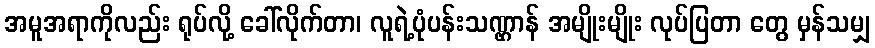
အမူအရာကိုလည်း ရုပ်လို့ ခေါ်လိုက်တာ၊ လူရဲ့ပုံပန်းသဏ္ဌာန် အမျိုးမျိုး လုပ်ပြတာ တွေ မှန်သမျှ